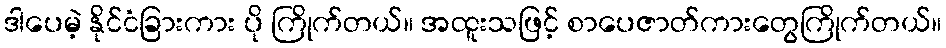
ဒါပေမဲ့ နိုင်ငံခြားကား ပို ကြိုက်တယ်။ အထူးသဖြင့် စာပေဇာတ်ကားတွေကြိုက်တယ်။